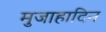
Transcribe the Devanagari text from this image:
मुजाहादिन